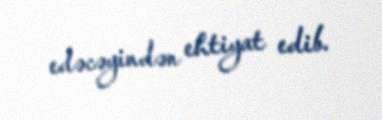
edəcəyindən ehtiyat edib.